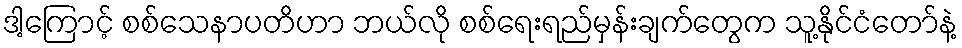
ဒါ့ကြောင့် စစ်သေနာပတိဟာ ဘယ်လို စစ်ရေးရည်မှန်းချက်တွေက သူ့နိုင်ငံတော်နဲ့